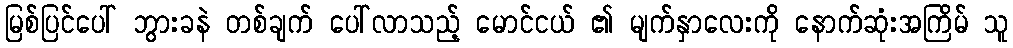
မြစ်ပြင်ပေါ် ဘွားခနဲ တစ်ချက် ပေါ်လာသည့် မောင်ငယ် ၏ မျက်နှာလေးကို နောက်ဆုံးအကြိမ် သူ